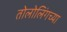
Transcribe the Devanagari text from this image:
तोलोलिंगच्या